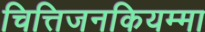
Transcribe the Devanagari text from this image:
चित्तिजनकियम्मा